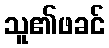
သူ၏ဖခင်